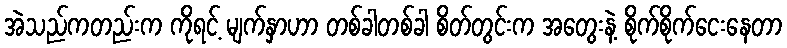
အဲသည်ကတည်းက ကိုရင့် မျက်နှာဟာ တစ်ခါတစ်ခါ စိတ်တွင်းက အတွေးနဲ့ စိုက်စိုက်ငေးနေတာ